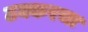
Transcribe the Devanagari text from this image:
ठक्करचा